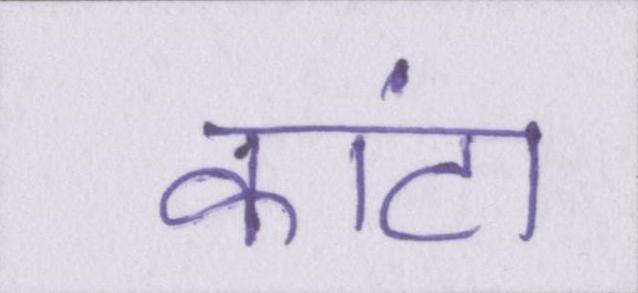
कांटा